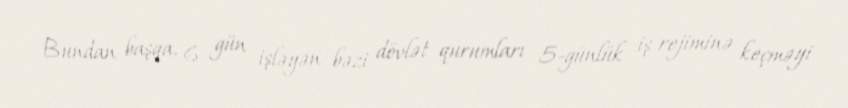
Bundan başqa, 6 gün işləyən bəzi dövlət qurumları 5-günlük iş rejiminə keçməyi